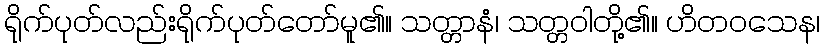
ရိုက်ပုတ်လည်းရိုက်ပုတ်တော်မူ၏။ သတ္တာနံ၊ သတ္တဝါတို့၏။ ဟိတဝသေန၊